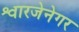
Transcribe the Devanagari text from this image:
श्वारजेनेगर